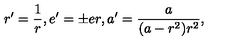
r ^ { \prime } = \frac { 1 } { r } , e ^ { \prime } = { \pm } e r , a ^ { \prime } = \frac { a } { ( a - r ^ { 2 } ) r ^ { 2 } } ,